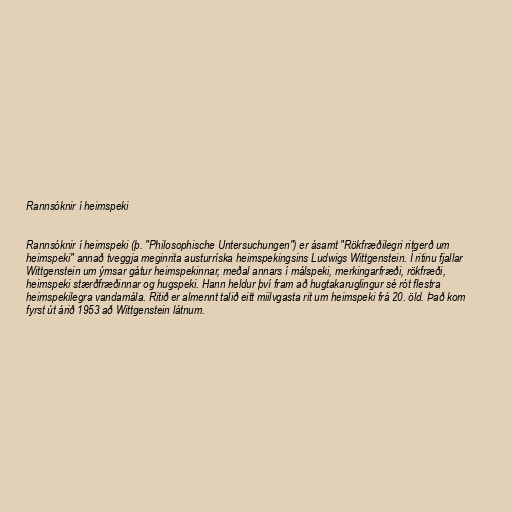
Rannsóknir í heimspeki

Rannsóknir í heimspeki (þ. "Philosophische Untersuchungen") er ásamt "Rökfræðilegri ritgerð um
heimspeki" annað tveggja meginrita austurríska heimspekingsins Ludwigs Wittgenstein. Í ritinu fjallar
Wittgenstein um ýmsar gátur heimspekinnar, meðal annars í málspeki, merkingarfræði, rökfræði,
heimspeki stærðfræðinnar og hugspeki. Hann heldur því fram að hugtakaruglingur sé rót flestra
heimspekilegra vandamála. Ritið er almennt talið eitt miilvgasta rit um heimspeki frá 20. öld. Það kom
fyrst út árið 1953 að Wittgenstein látnum.